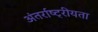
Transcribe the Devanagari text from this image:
अंतर्राष्ट्रीयता